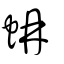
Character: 蚺